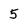
Character: 5